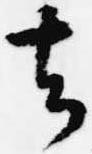
去